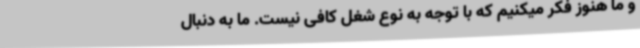
و ما هنوز فکر میکنیم که با توجه به نوع شغل کافی نیست. ما به دنبال